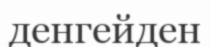
денгейден